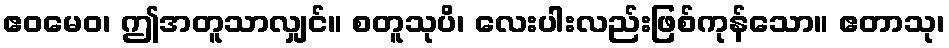
ဧဝမေဝ၊ ဤအတူသာလျှင်။ စတူသုပိ၊ လေးပါးလည်းဖြစ်ကုန်သော။ ဧတာသု၊